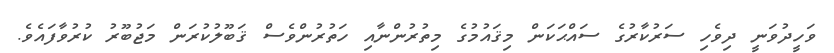
ވަހީދުވަނީ ދިވެހި ސަރުކާރުގެ ސައްޙަކަން މިޤައުމުގެ މިތުރުންނާއި ހަތުރުންވެސް ޤަބޫލުކުރަން މަޖުބޫރު ކުރުވާފައެވެ.